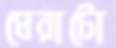
ঘেরাটো